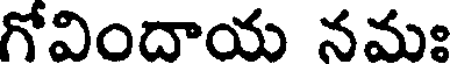
గోవిందాయ నమః